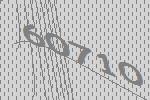
60710